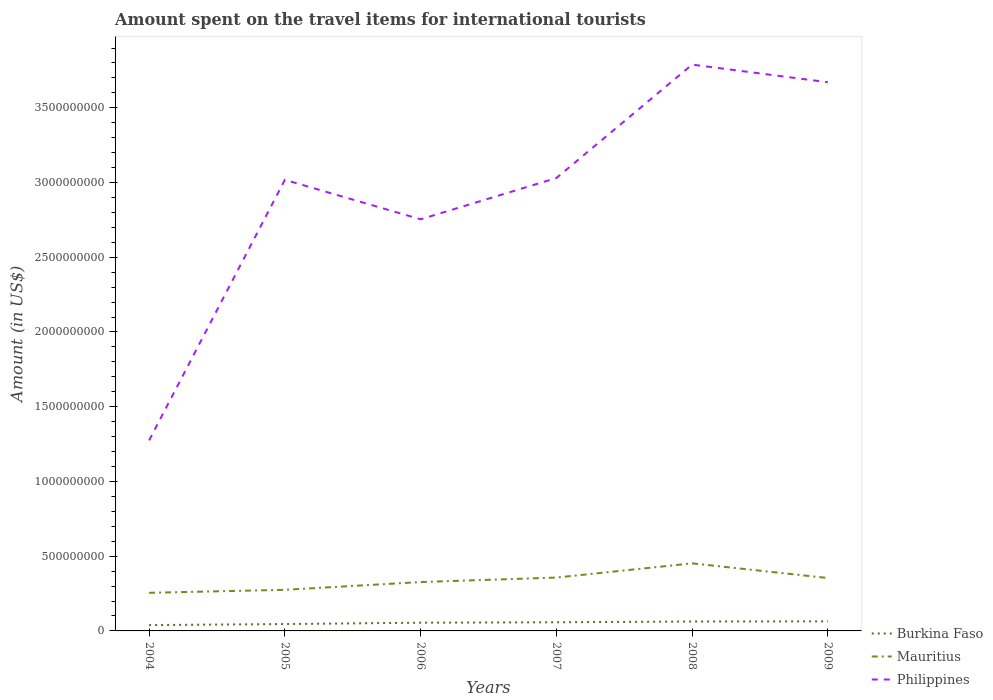
| Years | Burkina Faso | Mauritius | Philippines |
 | --- | --- | --- | --- |
 | 2004 | 3.9e+07 | 2.55e+08 | 1.28e+09 |
 | 2005 | 4.6e+07 | 2.75e+08 | 3.02e+09 |
 | 2006 | 5.5e+07 | 3.27e+08 | 2.75e+09 |
 | 2007 | 5.8e+07 | 3.57e+08 | 3.03e+09 |
 | 2008 | 6.3e+07 | 4.52e+08 | 3.79e+09 |
 | 2009 | 6.4e+07 | 3.54e+08 | 3.67e+09 |